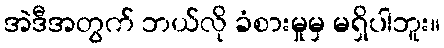
အဲဒီအတွက် ဘယ်လို ခံစားမှုမှ မရှိပါဘူး။